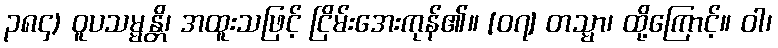
၃၈၄) ဝူပသမ္မန္တိ၊ အထူးသဖြင့် ငြိမ်းအေးကုန်၏။ [၀၇] တသ္မာ၊ ထို့ကြောင့်။ ဝါ၊